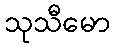
သုသီမော